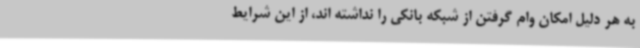
به هر دلیل امکان وام گرفتن از شبکه بانکی را نداشته اند، از این شرایط